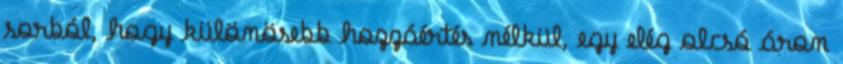
sorból, hogy különösebb hozzáértés nélkül, egy elég olcsó áron